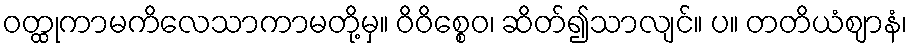
ဝတ္ထုကာမကိလေသာကာမတို့မှ။ ဝိဝိစ္စေဝ၊ ဆိတ်၍သာလျင်။ ပ။ တတိယံဈာနံ၊